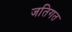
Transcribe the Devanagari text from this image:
जतिगत